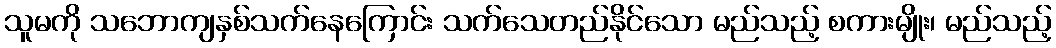
သူမကို သဘောကျနှစ်သက်နေကြောင်း သက်သေတည်နိုင်သော မည်သည့် စကားမျိုး၊ မည်သည့်